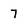
Character: 7